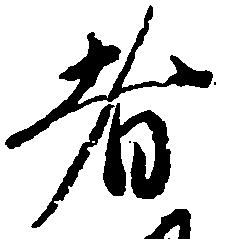
者